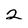
Character: 2